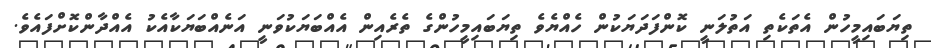
ތިޔަބައިމީހުން އެތަކެތި އަތުލަނީ ކޮންފަދަޔަކުން ހެއްޔެވެ ތިޔަބައިމީހުންގެ ތެރެއިން އެއްބަޔަކުވަނީ އަނެއްބަޔަކާއެކު އެއްދާންކޮށްފައެވެ.